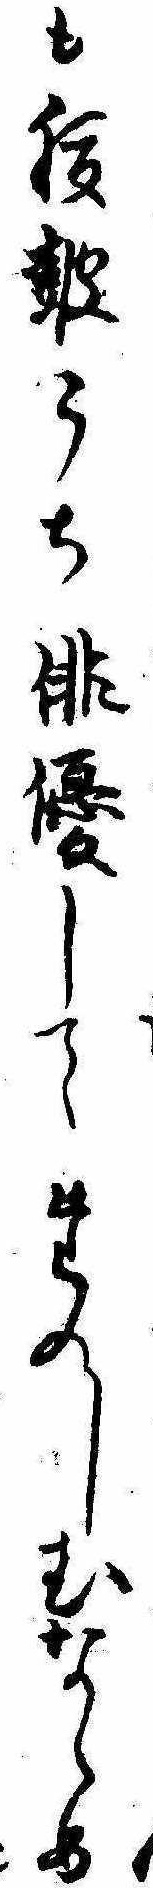
も腹鼓うち俳優してたのしむならめ